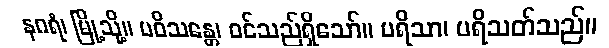
နဂရံ၊ မြို့သို့။ ပဝိသန္တေ၊ ဝင်သည်ရှိသော်။ ပရိသာ၊ ပရိသတ်သည်။